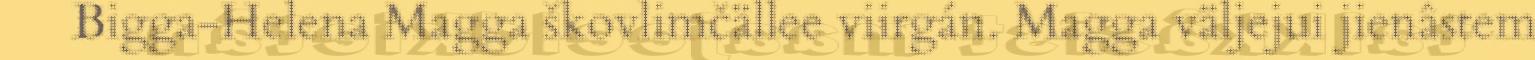
Bigga-Helena Magga škovlimčällee viirgán. Magga väljejui jienâstem